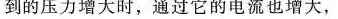
到的压力增大时，通过它的电流也增大，